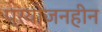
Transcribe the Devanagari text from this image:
प्रयोजनहीन